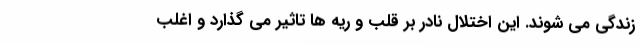
زندگی می شوند. این اختلال نادر بر قلب و ریه ها تاثیر می گذارد و اغلب